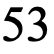
53